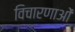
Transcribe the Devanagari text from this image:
विचारणाओं